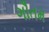
ગૌતમ